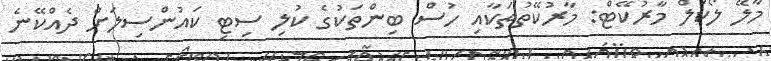
މާލޭ ލޯކަލް މާރުކޭޓް: މާރުކޭތުތަކާއި ހުސް ބިންތަކުގެ ކުލި ސިޓި ކައުންސިލަށް ދެއްކޭނެ